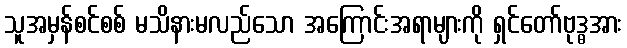
သူအမှန်စင်စစ် မသိနားမလည်သော အကြောင်းအရာများကို ရှင်တော်ဗုဒ္ဓအား